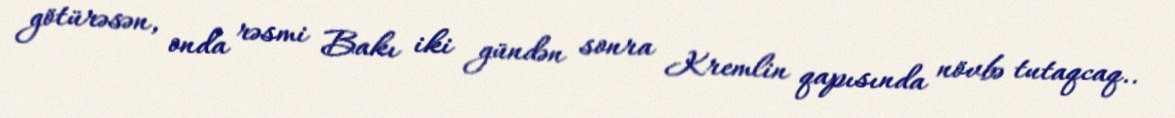
götürəsən, onda rəsmi Bakı iki gündən sonra Kremlin qapısında növbə tutaqcaq..